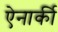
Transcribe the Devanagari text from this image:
ऐनार्की